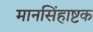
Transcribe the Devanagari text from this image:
मानसिंहाष्टक